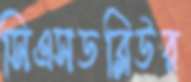
সিএসডব্লিউর